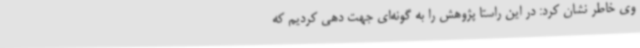
وی خاطر نشان کرد: در این راستا پژوهش را به گونه‌ای جهت دهی کردیم که